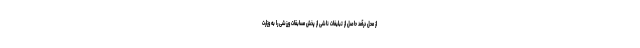
از محل درآمد حاصل از تبلیغات ناشی از پخش مسابقات ورزشی را به وزارت